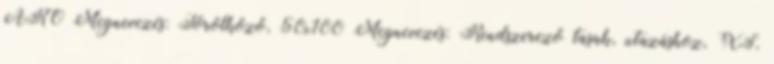
ARO Megnevezés: Törölköző, 50x100 Megnevezés: Rendszerező tasak, utazáshoz, XS,